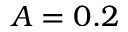
A = 0 . 2